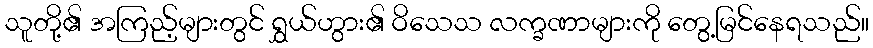
သူတို့၏ အကြည့်များတွင် ရွှယ်ဟွား၏ ဝိသေသ လက္ခဏာများကို တွေ့မြင်နေရသည်။